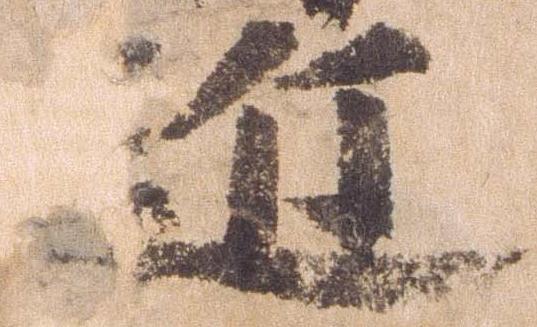
近